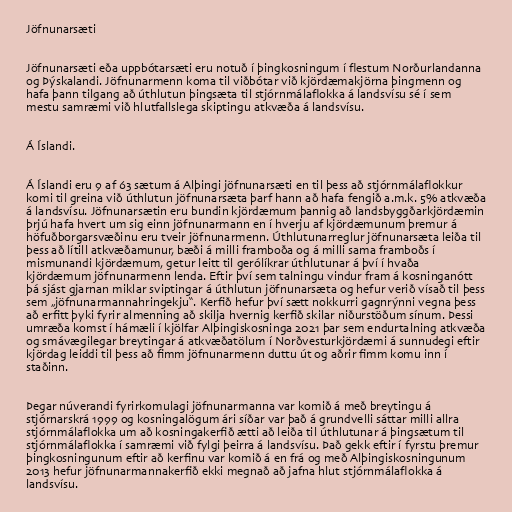
Jöfnunarsæti

Jöfnunarsæti eða uppbótarsæti eru notuð í þingkosningum í flestum Norðurlandanna
og Þýskalandi. Jöfnunarmenn koma til viðbótar við kjördæmakjörna þingmenn og
hafa þann tilgang að úthlutun þingsæta til stjórnmálaflokka á landsvísu sé í sem
mestu samræmi við hlutfallslega skiptingu atkvæða á landsvísu.

Á Íslandi.

Á Íslandi eru 9 af 63 sætum á Alþingi jöfnunarsæti en til þess að stjórnmálaflokkur
komi til greina við úthlutun jöfnunarsæta þarf hann að hafa fengið a.m.k. 5% atkvæða
á landsvísu. Jöfnunarsætin eru bundin kjördæmum þannig að landsbyggðarkjördæmin
þrjú hafa hvert um sig einn jöfnunarmann en í hverju af kjördæmunum þremur á
höfuðborgarsvæðinu eru tveir jöfnunarmenn. Úthlutunarreglur jöfnunarsæta leiða til
þess að lítill atkvæðamunur, bæði á milli framboða og á milli sama framboðs í
mismunandi kjördæmum, getur leitt til gerólíkrar úthlutunar á því í hvaða
kjördæmum jöfnunarmenn lenda. Eftir því sem talningu vindur fram á kosninganótt
þá sjást gjarnan miklar sviptingar á úthlutun jöfnunarsæta og hefur verið vísað til þess
sem „jöfnunarmannahringekju“. Kerfið hefur því sætt nokkurri gagnrýnni vegna þess
að erfitt þyki fyrir almenning að skilja hvernig kerfið skilar niðurstöðum sínum. Þessi
umræða komst í hámæli í kjölfar Alþingiskosninga 2021 þar sem endurtalning atkvæða
og smávægilegar breytingar á atkvæðatölum í Norðvesturkjördæmi á sunnudegi eftir
kjördag leiddi til þess að fimm jöfnunarmenn duttu út og aðrir fimm komu inn í
staðinn.

Þegar núverandi fyrirkomulagi jöfnunarmanna var komið á með breytingu á
stjórnarskrá 1999 og kosningalögum ári síðar var það á grundvelli sáttar milli allra
stjórnmálaflokka um að kosningakerfið ætti að leiða til úthlutunar á þingsætum til
stjórnmálaflokka í samræmi við fylgi þeirra á landsvísu. Það gekk eftir í fyrstu þremur
þingkosningunum eftir að kerfinu var komið á en frá og með Alþingiskosningunum
2013 hefur jöfnunarmannakerfið ekki megnað að jafna hlut stjórnmálaflokka á
landsvísu.